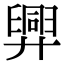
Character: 𢍯